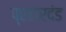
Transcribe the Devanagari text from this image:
प्रहारदंड